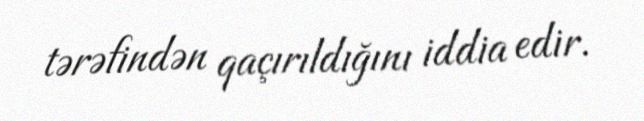
tərəfindən qaçırıldığını iddia edir.